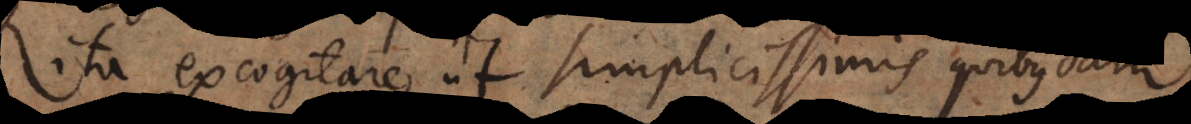
ita excogitare, ut simplicissima quadam